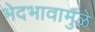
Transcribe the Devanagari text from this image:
भेदभावामुळे